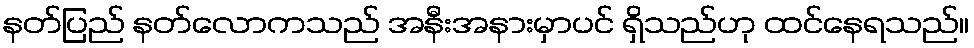
နတ်ပြည် နတ်လောကသည် အနီးအနားမှာပင် ရှိသည်ဟု ထင်နေရသည်။